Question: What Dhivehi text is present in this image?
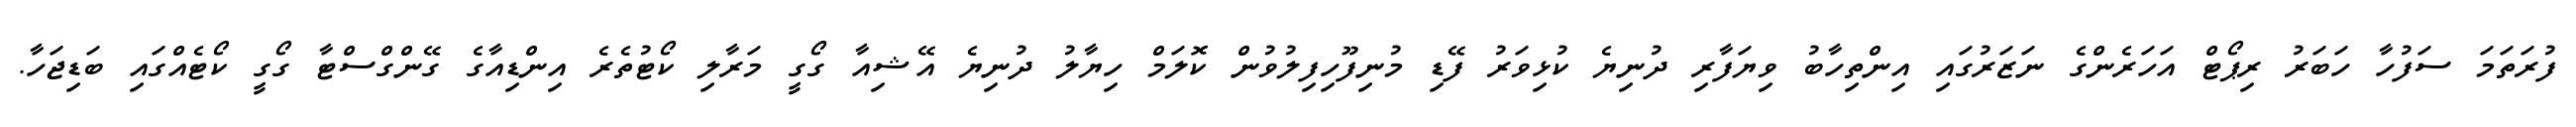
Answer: ފުރަތަމަ ސަފުހާ ހަބަރު ރިޕޯޓް އަހަރެންގެ ނަޒަރުގައި އިންތިހާބު ވިޔަފާރި ދުނިޔެ ކުޅިވަރު ފޭޑި މުނިފޫހިފިލުވުން ކޮލަމް ހިޔާލު ދުނިޔެ އޭޝިއާ ގޯގީ މަރާލި ކޯޓުތެރެ އިންޑިއާގެ ގޭންގްސްޓާ ގޯގީ ކޯޓެއްގައި ބަޑިޖަހާ.